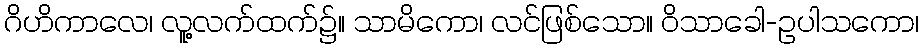
ဂိဟိကာလေ၊ လူ့လက်ထက်၌။ သာမိကော၊ လင်ဖြစ်သော။ ဝိသာခေါ-ဥပါသကော၊